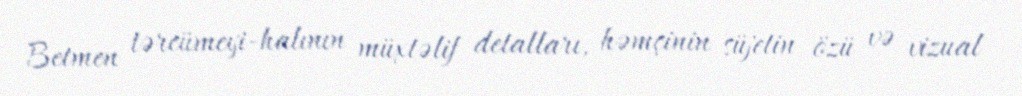
Betmen tərcümeyi-halının müxtəlif detalları, həmçinin süjetin özü və vizual